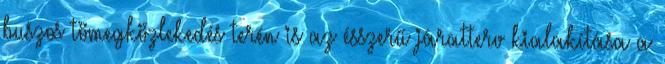
buszos tömegközlekedés terén is az ésszerű járatterv kialakítása a